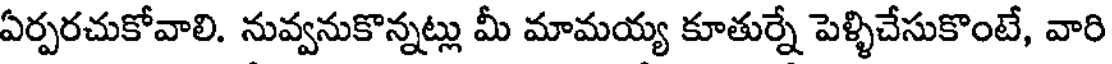
ఏర్పరచుకోవాలి. నువ్వనుకొన్నట్లు మీ మామయ్య కూతుర్నే పెళ్ళిచేసుకొంటే, వారి